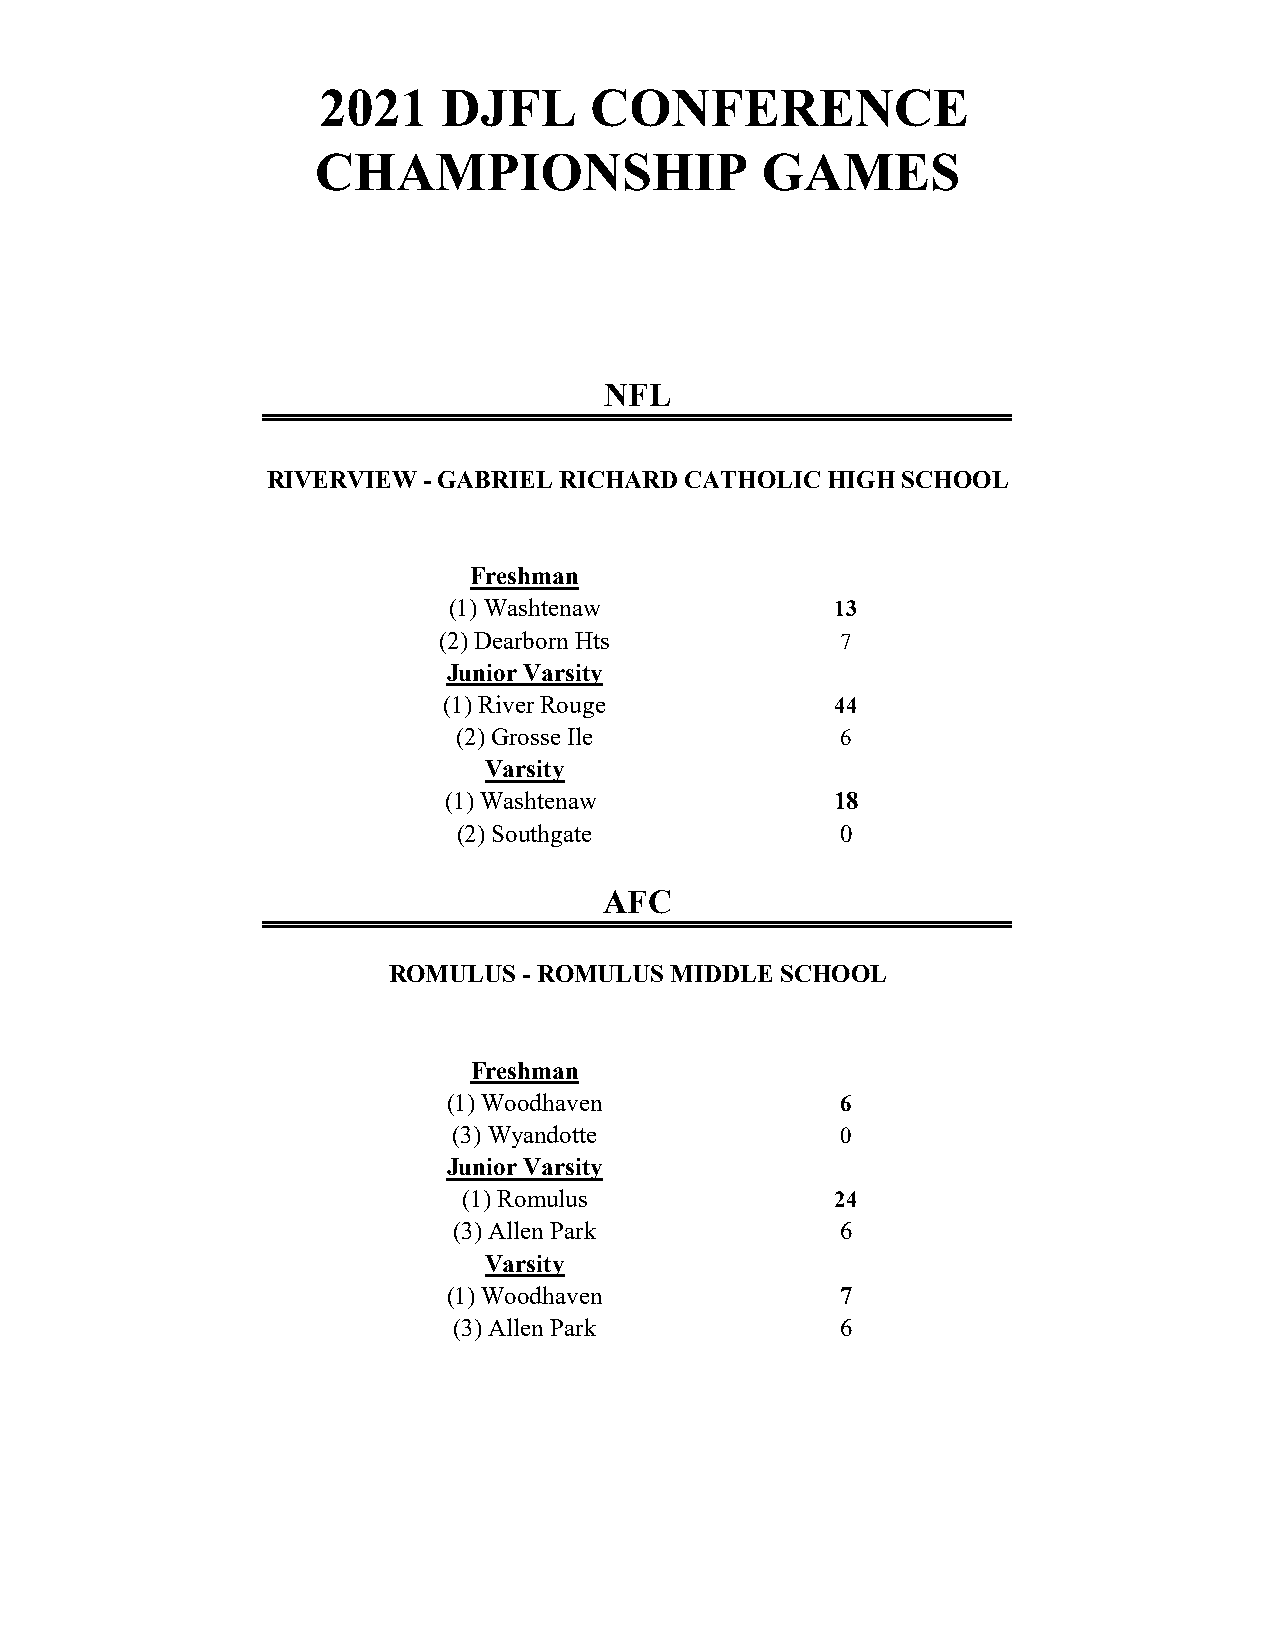
2021    DJFL      CONFERENCE
 CHAMPIONSHIP                 GAMES
 NFL
 RIVERVIEW - GABRIEL RICHARD CATHOLIC HIGH SCHOOL
 Freshman
 (1) Washtenaw            13
 (2) Dearborn Hts           7
 Junior Varsity
 (1) River Rouge           44
 (2) Grosse Ile            6
 Varsity
 (1) Washtenaw             18
 (2) Southgate             0
 AFC
 ROMULUS  - ROMULUS MIDDLE SCHOOL
 Freshman
 (1) Woodhaven             6
 (3) Wyandotte             0
 Junior Varsity
 (1) Romulus             24
 (3) Allen Park            6
 Varsity
 (1) Woodhaven             7
 (3) Allen Park            6